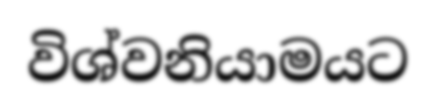
විශ්වනියාමයට